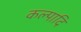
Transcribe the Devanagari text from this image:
कल्पादि